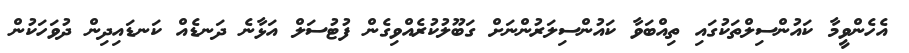
އެހެންވީމާ ކައުންސިލްތަކުގައި ތިއްބަވާ ކައުންސިލަރުންނަށް ގަބޫލުކުރެއްވިގެން ފުޓުސަލް އަޅާނެ ދަނޑެއް ކަނޑައިދިން ދުވަހަކުން